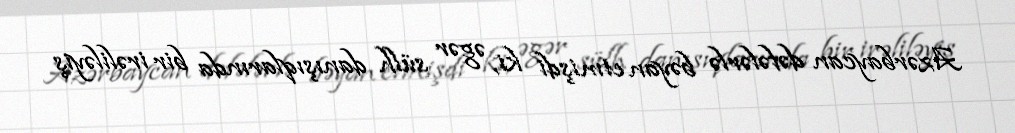
Azərbaycan dəfələrlə bəyan etmişdi ki, əgər sülh danışıqlarında bir irəliləyiş